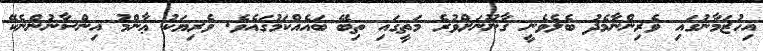
އިހުޒަމާނުގައި ވެރިންނާމެދު ބެލެވެނީ ޤާނޫނަށްވުރެ މަތީގައި ތިބޭ ބައެއްކަމުގައެވެ. ވެރިޔަކު ޢާންމު އިންސާނުންނެކޭ